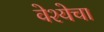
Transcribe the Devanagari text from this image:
वेश्येचा